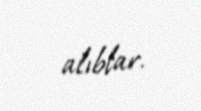
alıblar.